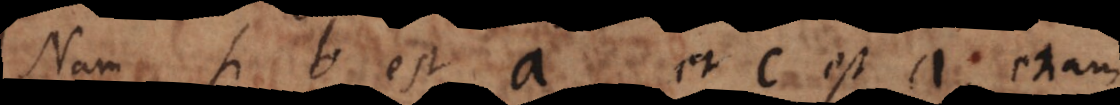
Nam si b est a, et c est a, etiam